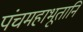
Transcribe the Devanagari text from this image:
पंचमहाभूतानि